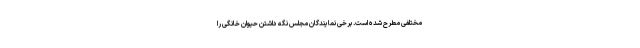
مختلفی مطرح شده است. برخی نمایندگان مجلس نگه داشتن حیوان خانگی را